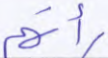
رأتهم